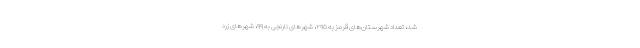
شد، تعداد شهرستان‌های قرمز به ۲۹۵، شهرهای نارنجی به ۹۹، شهرهای زرد